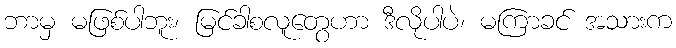
ဘာမှ မဖြစ်ပါဘူး၊ မြင်ခါစလူတွေဟာ ဒီလိုပါပဲ၊ မကြာခင် အသားက